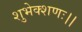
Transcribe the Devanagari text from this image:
शुभेक्शणः।।